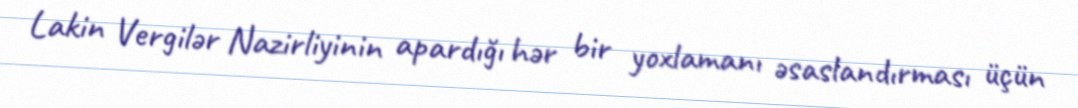
Lakin Vergilər Nazirliyinin apardığı hər bir yoxlamanı əsaslandırması üçün